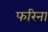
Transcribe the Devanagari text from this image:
फरिना